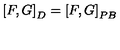
\left[ F , G \right] _ { D } = \left[ F , G \right] _ { P B }